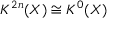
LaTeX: K ^ { 2 n } ( X ) \cong K ^ { 0 } ( X )